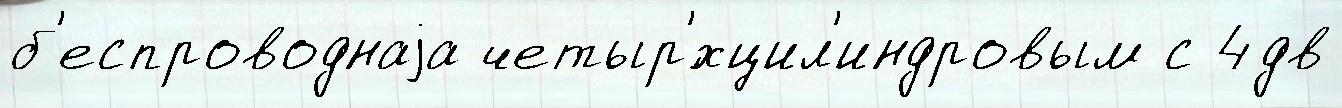
б'еспроводнаjа четыр'́хцил'индровым с 4дв